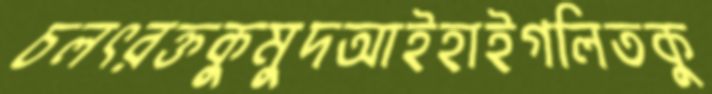
চলৎরক্তকুমুদআইহাইগলিতকু